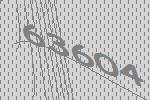
63604